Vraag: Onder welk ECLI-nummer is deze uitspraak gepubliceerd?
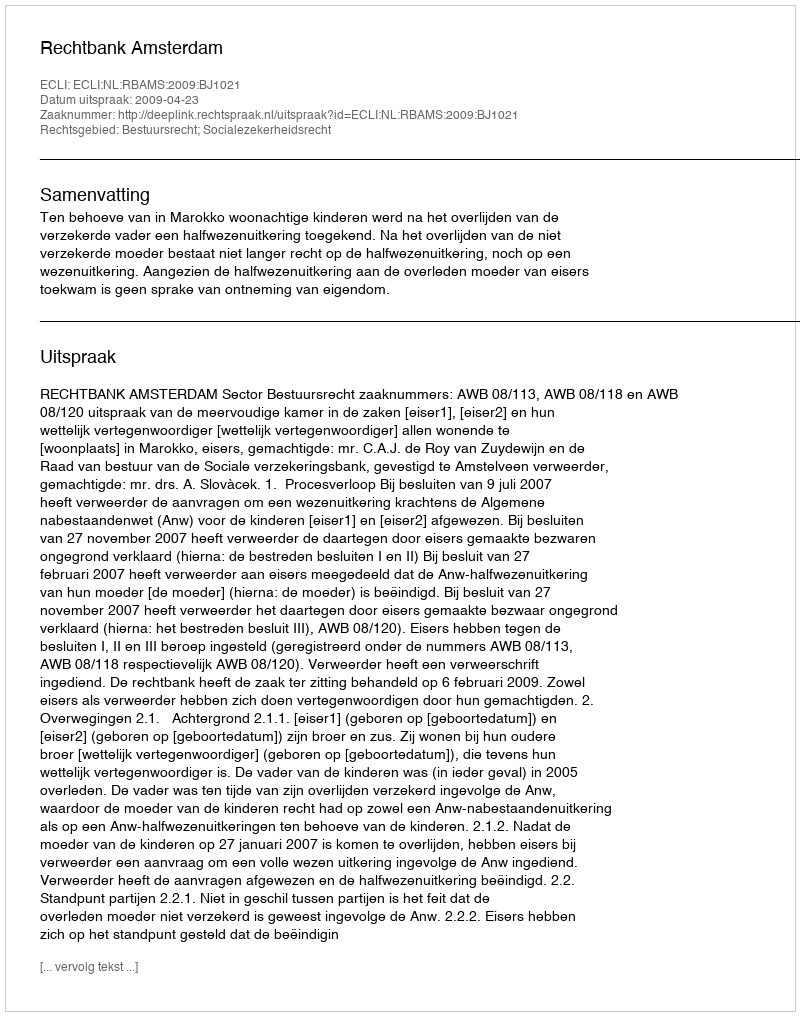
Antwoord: ECLI:NL:RBAMS:2009:BJ1021